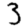
Digit: 3